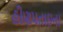
હીણપતાઇના